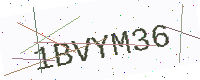
Text: 1BVYM36